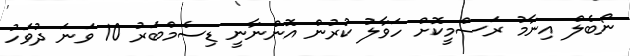
ނޯބެލް އިނާމު ރަސްމީކޮށް ހަވާލު ކުރުން އޮންނާނީ ޑިސެމްބަރު 10 ވަނަ ދުވަހު